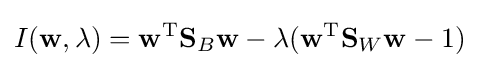
I(\mathbf {w} ,\lambda )=\mathbf {w} ^{\text{T}}\mathbf {S} _{B}\mathbf {w} -\lambda (\mathbf {w} ^{\text{T}}\mathbf {S} _{W}\mathbf {w} -1)